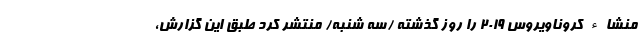
منشاء کروناویروس ۲۰۱۹ را روز گذشته /سه شنبه/ منتشر کرد طبق این گزارش،